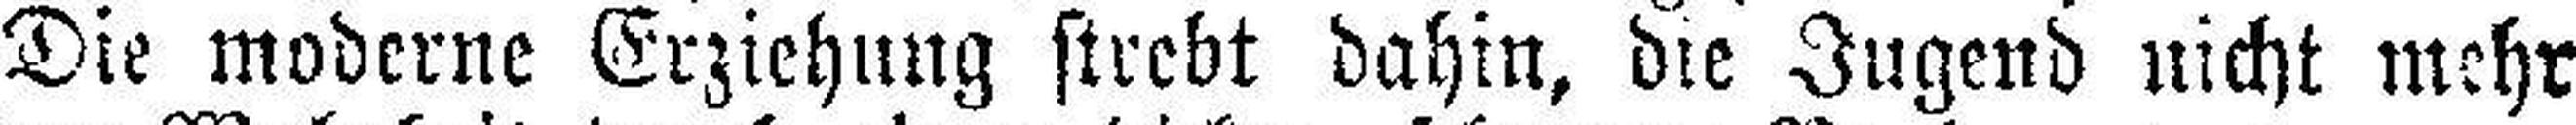
Die moderne Erziehung strebt dahin, die Jugend nicht mehr